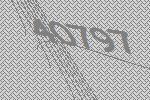
40797